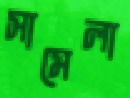
সামেলা